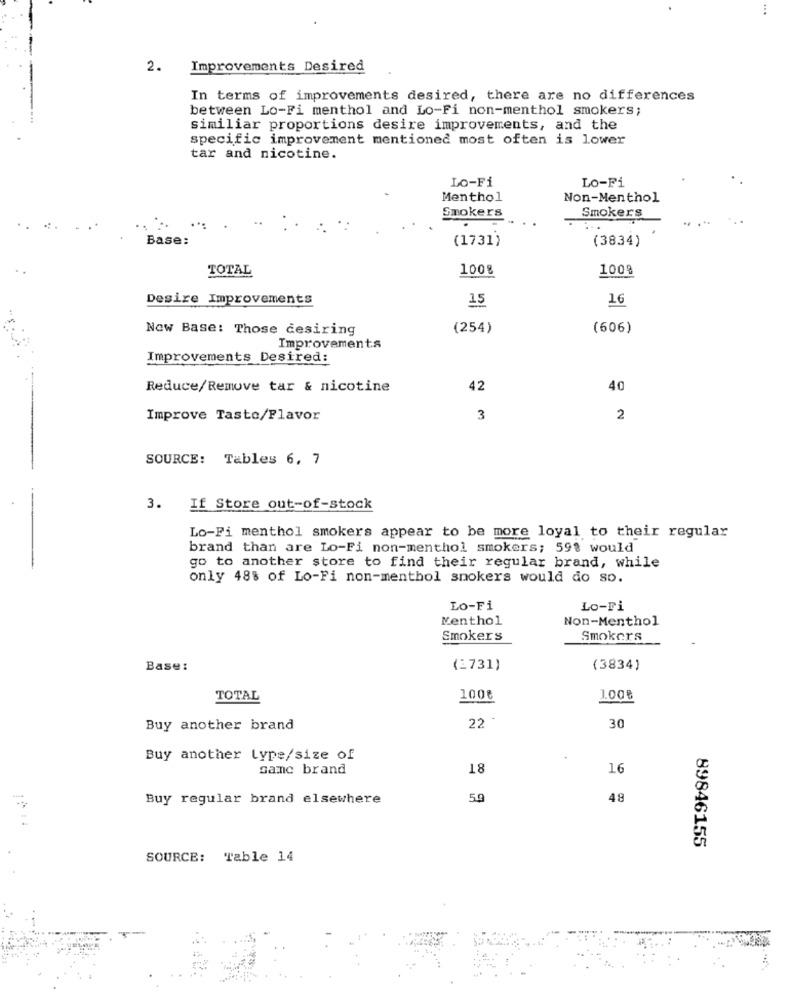
2.
Improvements Desired
In terms of improvements desired, there are no differences
between Lo-Fi menthol and Lo-Fi non-menthol smokers;
similiar proportions desire improvements, and the
specific improvement mentioned most often is lower
tar and nicotine.
Lo-Fi
Lo-Fi
Menthol
Non-Menthol
Smokers
Smokers
..
Base:
(1731)
(3834)
TOTAL
1008
100%
Desire Improvements
15
16
Now Base: Those desiring
(254)
(606)
Improvements
Improvements Desired:
Reduce/Remove tar & nicotine
42
40
Improve Taste/Flavor
3
2
SOURCE: Tables 6, 7
3. If Store out-of-stock
Lo-Fi menthol smokers appear to be more loyal to their regular
brand than are Lo-Fi non-menthol smokers; 598 would
go to another store to find their regular brand, while
only 488 of Lo-Fi non-menthol smokers would do so.
Lo-Fi
Lo-Fi
Menthol
Non-Menthol
Smokers
Smokers
Base:
(2731)
(3834)
TOTAL
100€
1.00€
Buy another brand
22
30
Buy another Lype/size of
same brand
18
16
Buy regular brand elsewhere
5.9
48
89846155
SOURCE: Table 14